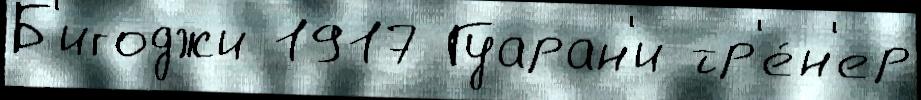
Б'игоджи 1917 Гуаран'и тр'е́н'ер